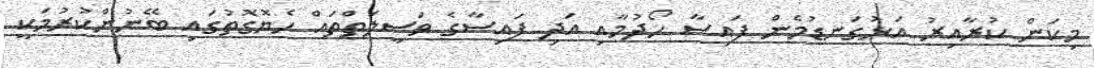
މިކަން ކުރާއިރު އަޅުގަނޑުމެން ފައިސާ ހޯދުމާއި އަދި ފައިސާގެ ވަސީލަތްތައް ހެޔޮގޮތުގައި ބޭނުންކުރުމަކީ